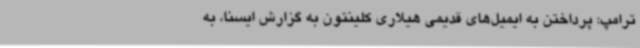
ترامپ: پرداختن به ایمیل‌های قدیمی هیلاری کلینتون به گزارش ایسنا، به